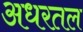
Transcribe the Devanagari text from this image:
अधरतल